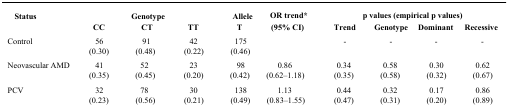
<table><thead><tr><td rowspan="2"><b>Status</b></td><td colspan="3"><b>Genotype</b></td><td><b>Allele</b></td><td rowspan="3"><b>OR trend* (95% CI)</b></td><td colspan="4"><b>p values (empirical p values)</b></td></tr><tr><td><b>CC</b></td><td><b>CT</b></td><td><b>TT</b></td><td><b>T</b></td><td><b>Trend</b></td><td><b>Genotype</b></td><td><b>Dominant</b></td><td><b>Recessive</b></td></tr></thead><tbody><tr><td>Control</td><td>56 (0.30)</td><td>91 (0.48)</td><td>42 (0.22)</td><td>175 (0.46)</td><td>-</td><td>-</td><td>-</td><td>-</td></tr><tr><td>Neovascular AMD</td><td>41 (0.35)</td><td>52 (0.45)</td><td>23 (0.20)</td><td>98 (0.42)</td><td>0.86 (0.62–1.18)</td><td>0.34 (0.35)</td><td>0.58 (0.58)</td><td>0.30 (0.32)</td><td>0.62 (0.67)</td></tr><tr><td>PCV</td><td>32 (0.23)</td><td>78 (0.56)</td><td>30 (0.21)</td><td>138 (0.49)</td><td>1.13 (0.83–1.55)</td><td>0.44 (0.47)</td><td>0.32 (0.31)</td><td>0.17 (0.20)</td><td>0.86 (0.89)</td></tr></tbody></table>